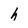
Character: h